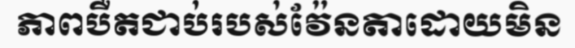
ភាពបឺតជាប់របស់វ៉ែនតាដោយមិន